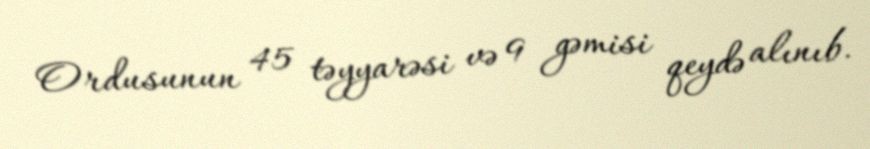
Ordusunun 45 təyyarəsi və 9 gəmisi qeydə alınıb.